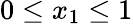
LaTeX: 0\leq x_{1}\leq 1